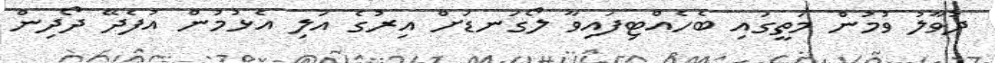
ދުވާލު ވުމުން މަތީގައި ބެހެއްޓިފައިވާ ލޯގަނޑަށް އިރުގެ އަލި އެޅުމުން އުފެދޭ ދޯދިން